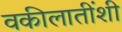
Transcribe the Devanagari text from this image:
वकीलातींशी